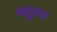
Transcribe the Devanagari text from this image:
ब्यूलर